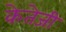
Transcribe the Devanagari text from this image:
केतेजी